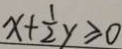
x + \frac { 1 } { 2 } y \geq 0